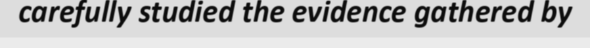
carefully studied the evidence gathered by